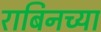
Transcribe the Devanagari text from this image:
राबिनच्या